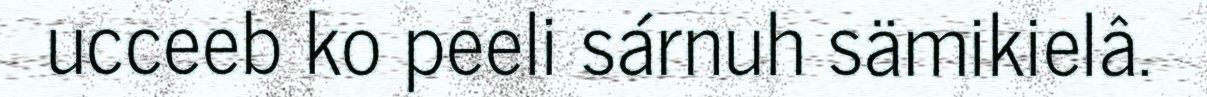
ucceeb ko peeli sárnuh sämikielâ.